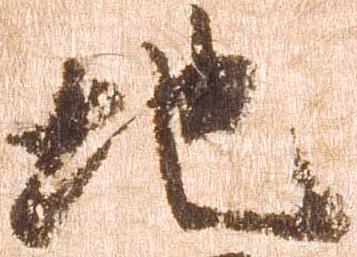
地